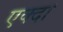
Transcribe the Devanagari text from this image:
एक्दा